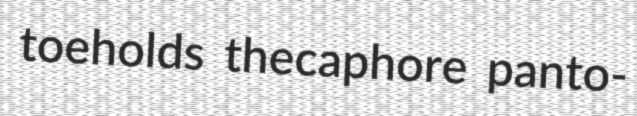
toeholds thecaphore panto-